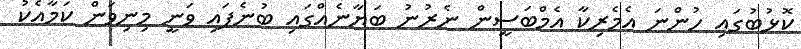
ކޮޅުބުގައި ހުންނަ އެމެރިކާ އެމްބަސީން ނެރުނު ބަޔާނެއްގައި ބުނެފައި ވަނީ މިނިވަން ކަމާއެކު